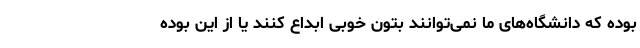
بوده که دانشگاه‌های ما نمی‌توانند بتون خوبی ابداع کنند یا از این بوده